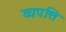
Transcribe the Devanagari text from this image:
व्यपत्ति